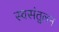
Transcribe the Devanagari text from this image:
स्वसंतुलन